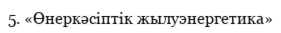
5. «Өнеркәсіптік жылуэнергетика»